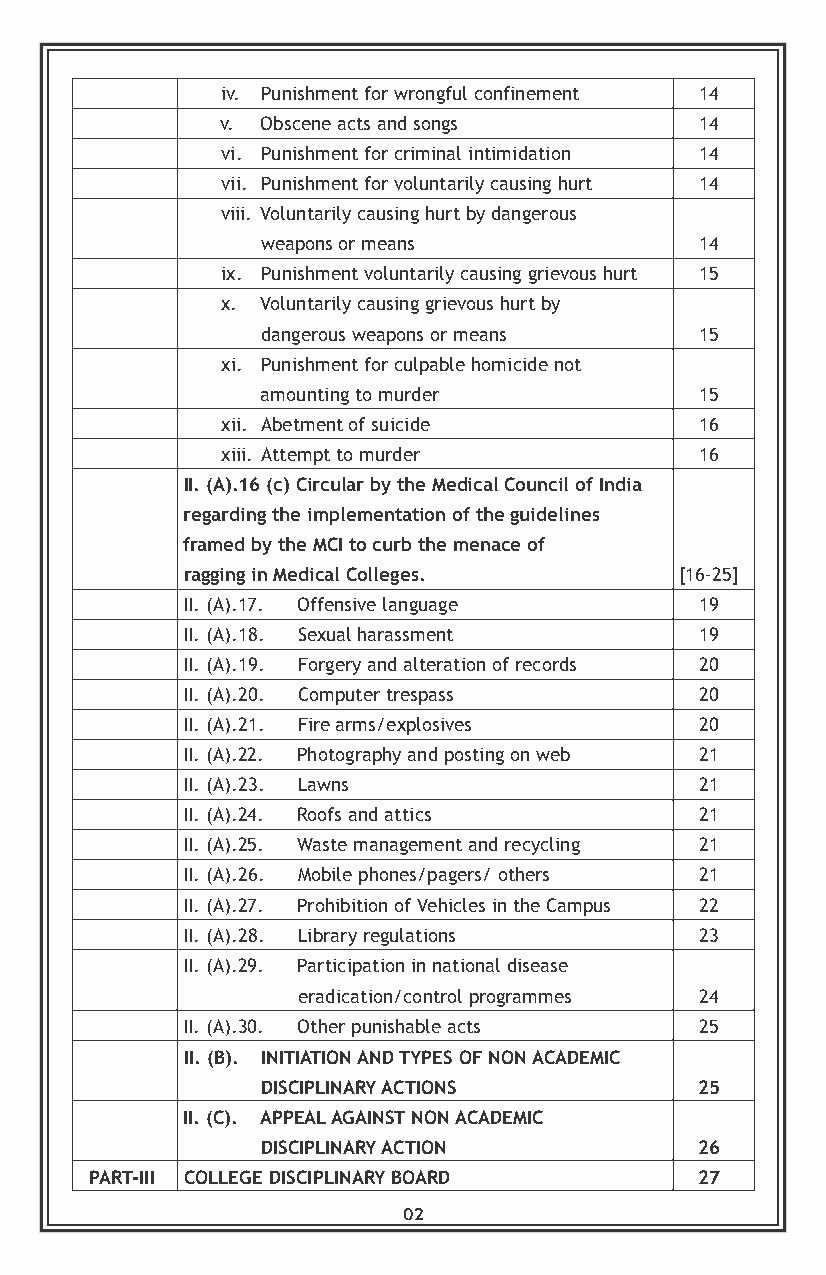
iv. Punishment for wrongful confinement 14
 v. Obscene acts and songs      14
 vi. Punishment for criminal intimidation 14
 vii. Punishment for voluntarily causing hurt 14
 viii. Voluntarily causing hurt by dangerous
 weapons or means             14
 ix. Punishment voluntarily causing grievous hurt 15
 x. Voluntarily causing grievous hurt by
 dangerous weapons or means   15
 xi. Punishment for culpable homicide not
 amounting to murder          15
 xii. Abetment of suicide       16
 xiii. Attempt to murder        16
 II. (A).16 (c) Circular by the Medical Council of India
 regarding the implementation of the guidelines
 framed by the MCI to curb the menace of
 ragging in Medical Colleges.     [16-25]
 II. (A).17. Offensive language    19
 II. (A).18. Sexual harassment     19
 II. (A).19. Forgery and alteration of records 20
 II. (A).20. Computer trespass     20
 II. (A).21. Fire arms/explosives  20
 II. (A).22. Photography and posting on web 21
 II. (A).23. Lawns                 21
 II. (A).24. Roofs and attics      21
 II. (A).25. Waste management and recycling 21
 II. (A).26. Mobile phones/pagers/ others 21
 II. (A).27. Prohibition of Vehicles in the Campus 22
 II. (A).28. Library regulations   23
 II. (A).29. Participation in national disease
 eradication/control programmes 24
 II. (A).30. Other punishable acts 25
 II. (B). INITIATION AND TYPES OF NON ACADEMIC
 DISCIPLINARY ACTIONS         25
 II. (C). APPEAL AGAINST NON ACADEMIC
 DISCIPLINARY ACTION          26
 PART-III COLLEGE DISCIPLINARY BOARD     27
 02